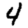
Digit: 4